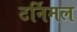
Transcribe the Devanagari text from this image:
टर्निमल